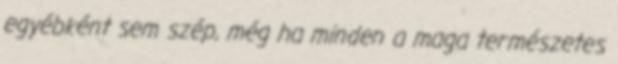
egyébként sem szép, még ha minden a maga természetes